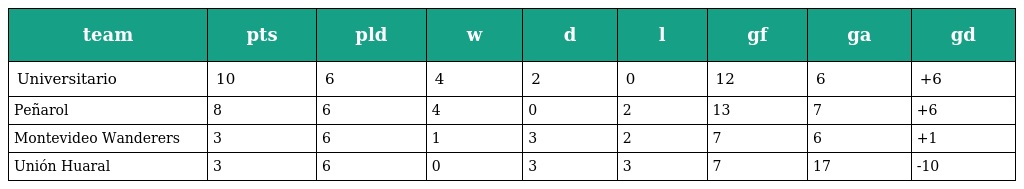
| team | pts | pld | w | d | l | gf | ga | gd |
 | --- | --- | --- | --- | --- | --- | --- | --- | --- |
 | Universitario | 10 | 6 | 4 | 2 | 0 | 12 | 6 | +6 |
 | Peñarol | 8 | 6 | 4 | 0 | 2 | 13 | 7 | +6 |
 | Montevideo Wanderers | 3 | 6 | 1 | 3 | 2 | 7 | 6 | +1 |
 | Unión Huaral | 3 | 6 | 0 | 3 | 3 | 7 | 17 | -10 |